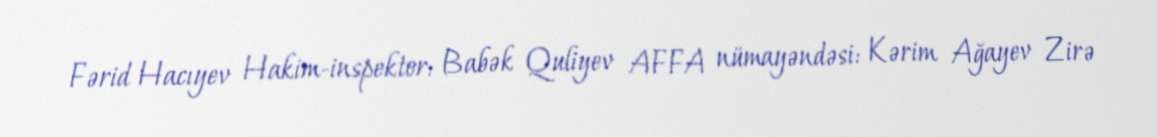
Fərid Hacıyev Hakim-inspektor: Babək Quliyev AFFA nümayəndəsi: Kərim Ağayev Zirə